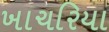
ખાચરિયા